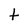
Character: t